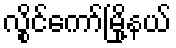
လွိုင်ကော်မြို့နယ်